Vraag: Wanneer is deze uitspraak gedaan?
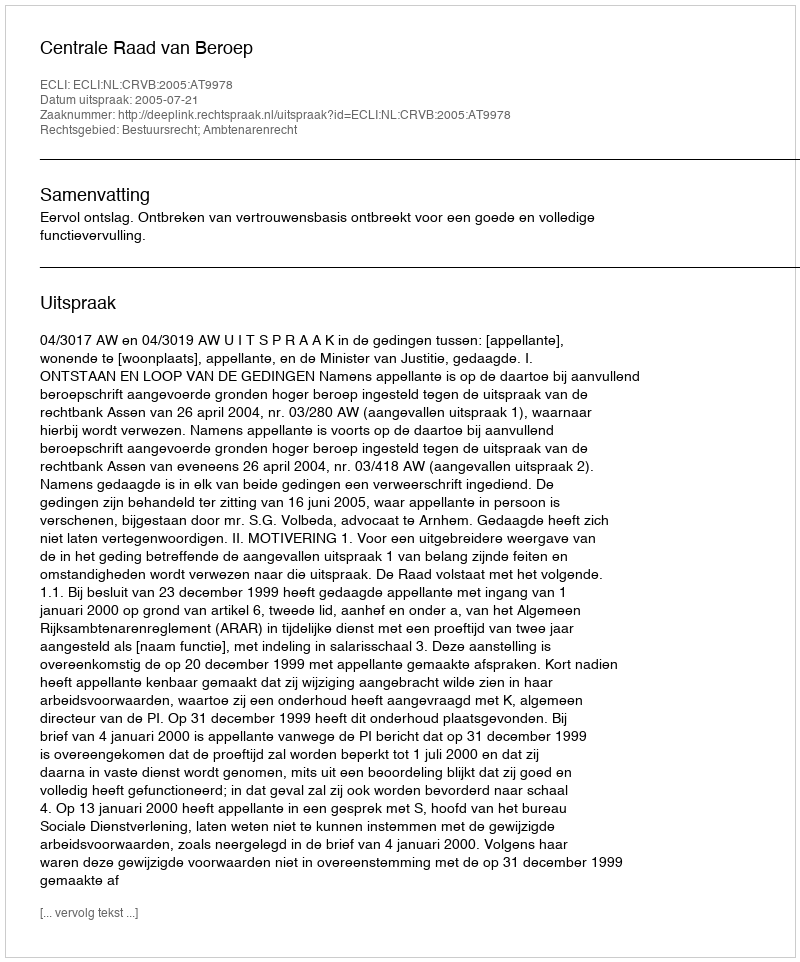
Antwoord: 2005-07-21